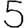
Digit: 5